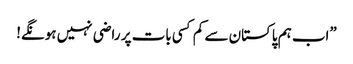
”اب ہم پاکستان سے کم کسی بات پر راضی نہیں ہونگے!